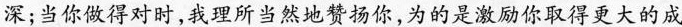
深；当你做得对时，我理所当然地赞扬你，为的是激励你取得更大的成